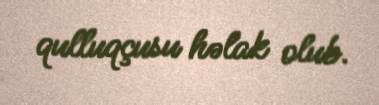
qulluqçusu həlak olub.